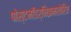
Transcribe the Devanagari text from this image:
पोस्टमॉडर्निझमखेरिज